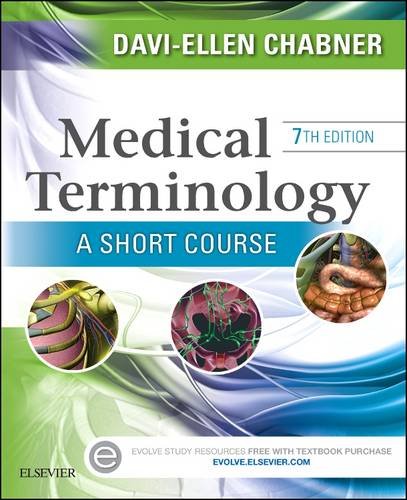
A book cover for Medical Terminology: A Short Course, 7e; Davi-Ellen Chabner BA  MAT; Medical Books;